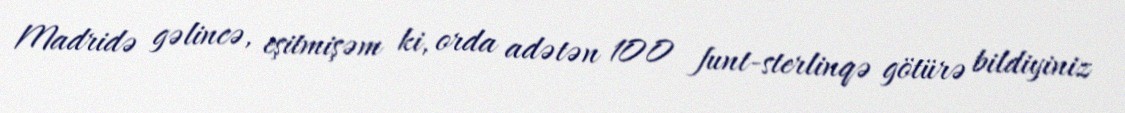
Madridə gəlincə, eşitmişəm ki, orda adətən 100 funt-sterlinqə götürə bildiyiniz